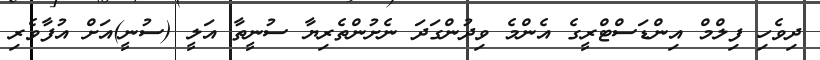
ދިވެހި ފިލްމް އިންޑަސްޓްރީގެ އެންމެ ވިދުންގަދަ ނެށުންތެރިޔާ ސުނީތާ އަލީ (ސުނީ)އަށް އުފާވެރި